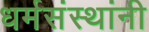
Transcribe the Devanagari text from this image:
धर्मसंस्थांनी